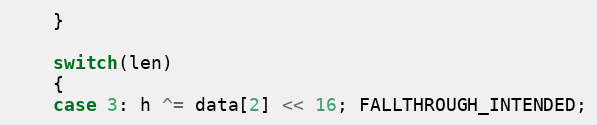
Language: C++
    }

    switch(len)
    {
    case 3: h ^= data[2] << 16; FALLTHROUGH_INTENDED;